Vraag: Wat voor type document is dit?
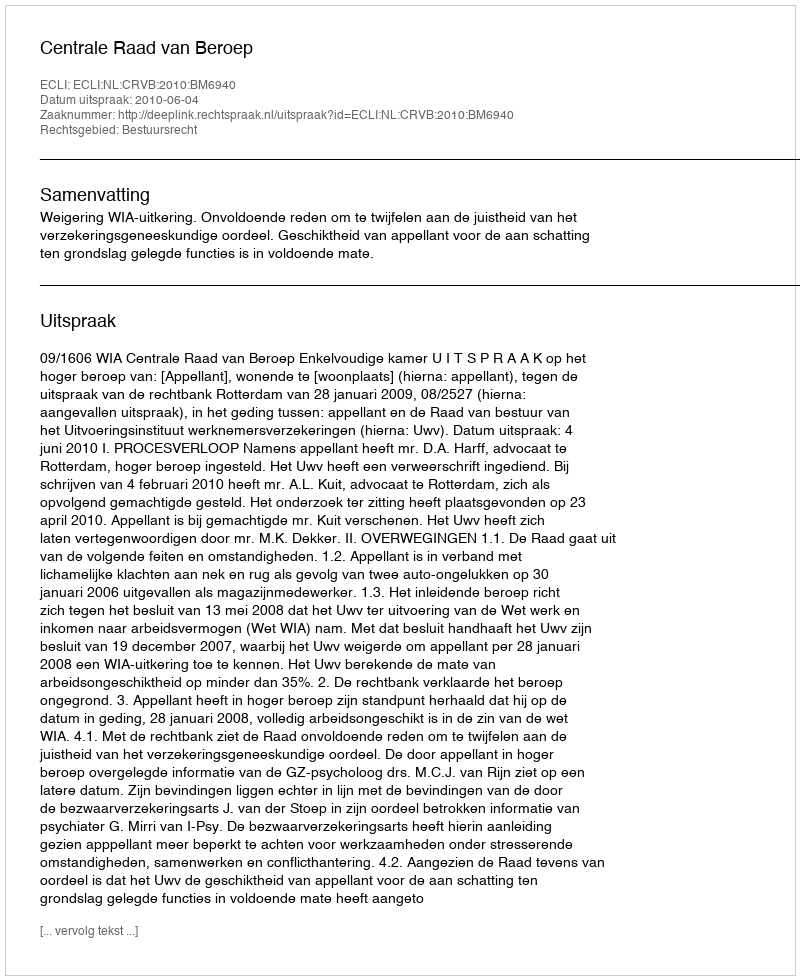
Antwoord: Uitspraak